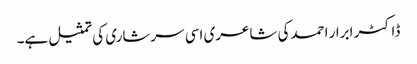
ڈاکٹر ابرار احمدکی شاعری اسی سرشاری کی تمثیل ہے۔